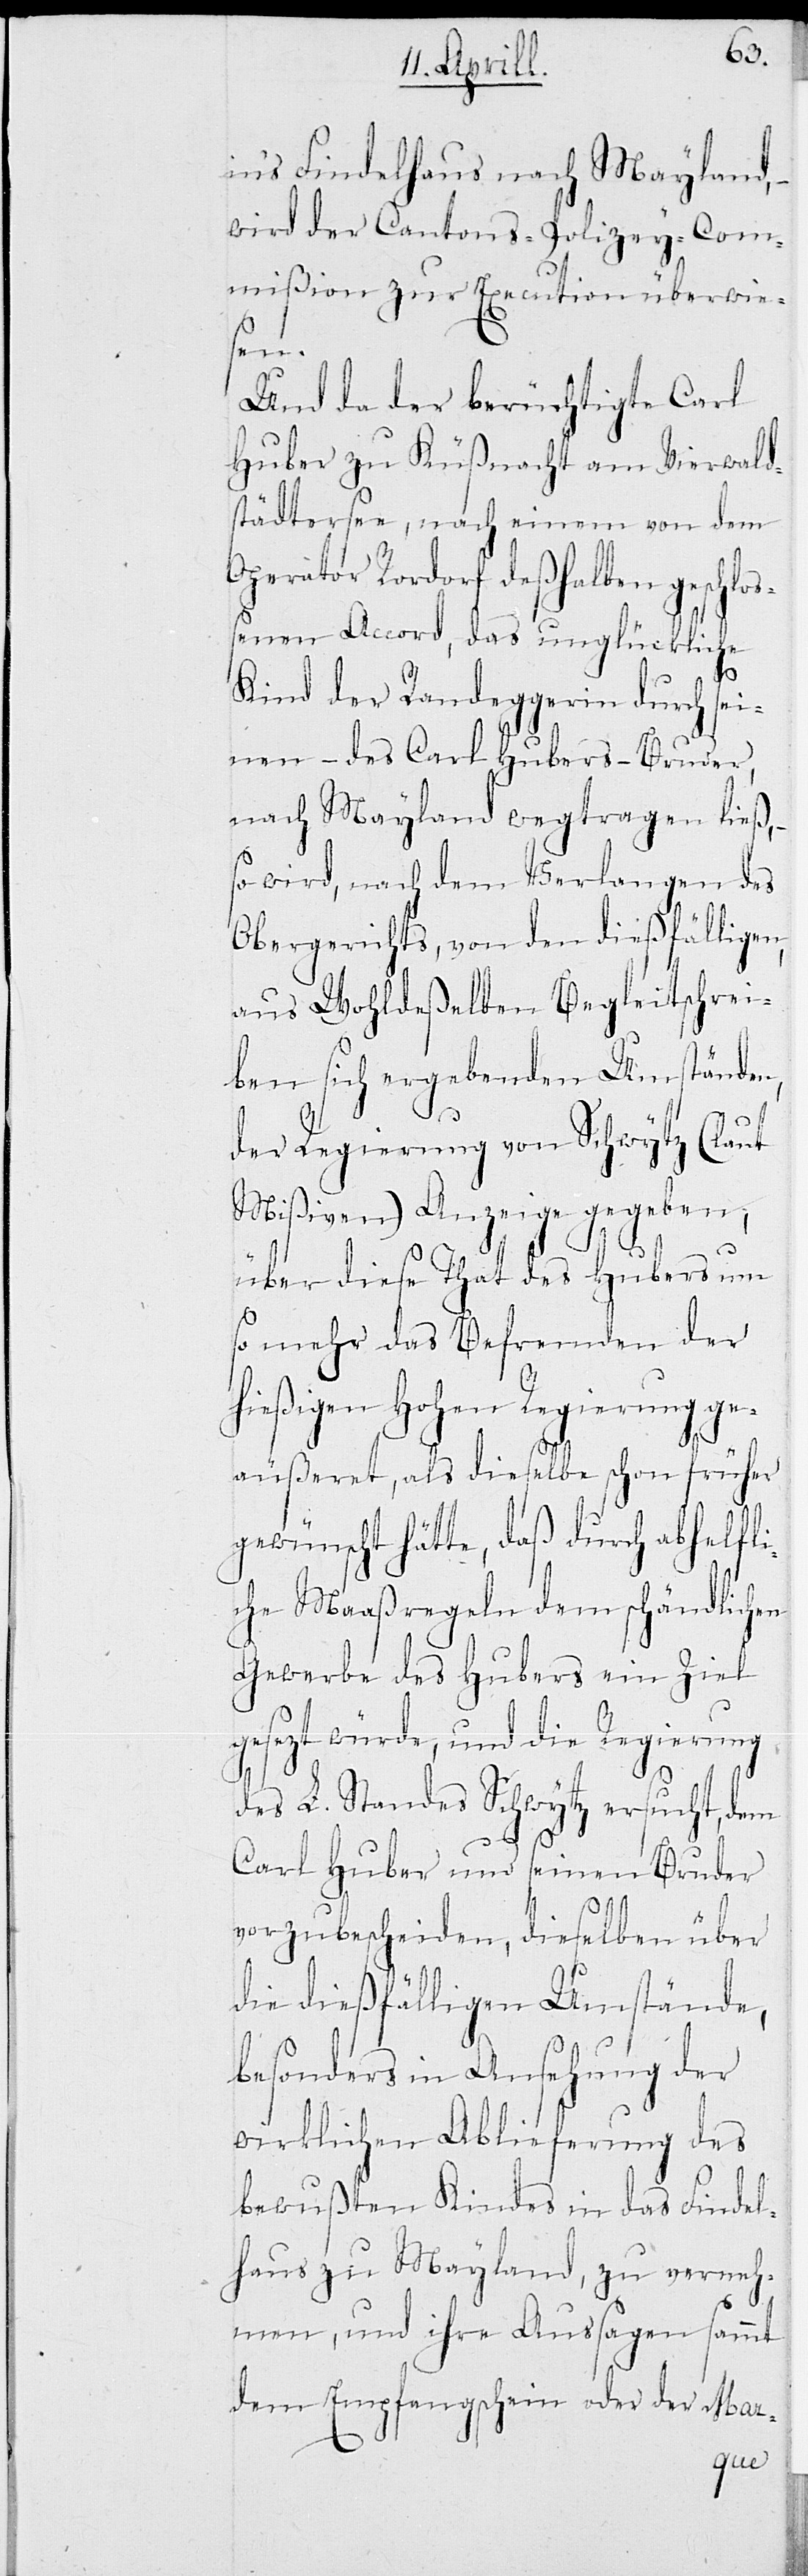
ins Findelhaus nach Mayland,
wird der Cantons-Policey-Com¬
mißion zur Execution überwie¬
sen.
Und da der berüchtigte Carl
Huber zu Küßnacht am Vierwald¬
stättersee, nach einem von dem
Operator Rordorf deßhalben geschloß¬
enen Accord, das unglückliche
Kind der Randeggerin durch sei¬
nen – des Carl Hubers – Bruder,
nach Mayland wegtragen ließ,
so wird, nach dem Verlangen des
Obergerichts, von den dießfälligen,
aus Wohldeßelben Begleitschrei¬
ben sich ergebenden Umständen,
der Regierung von Schwytz (laut
Mißiven) Anzeige gegeben,
über diese That des Hubers um
so mehr das Befremden der
hießigen Hohen Regierung ge¬
äußeret, als dieselbe schon früher
gewünscht hätte, daß durch abhelfli¬
che Maaßregeln dem schändlichen
Gewerbe des Hubers ein Ziel
gesetzt würde, und die Regierung
des L. Standes Schwytz ersucht, dem
Carl Huber und seinem Bruder
vorzubescheiden, dieselben über
die dießfälligen Umstände,
besonders in Ansehung der
wirklichen Ablieferung des
bewußten Kindes in das Findel¬
haus zu Mayland, zu verneh¬
men, und ihre Aussagen sammt
dem Empfangschein oder der Mar-